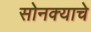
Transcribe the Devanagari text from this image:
सोनक्याचे